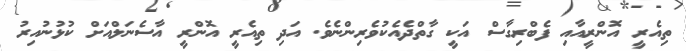
ތިއެރީ އޮންރީއާއި ފެބްރިގާސް އަކީ ގާތްދެއެކުވެރިންނެވެ. އަދި ތިއެރީ އޮންރީ އާސެނަލްއަށް ކުޅުނުއިރު